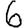
Digit: 6